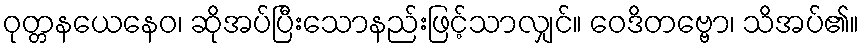
ဝုတ္တနယေနေဝ၊ ဆိုအပ်ပြီးသောနည်းဖြင့်သာလျှင်။ ဝေဒိတဗ္ဗော၊ သိအပ်၏။